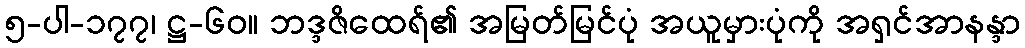
၅-ပါ-၁၇၇၊ ဋ္ဌ-၆၀။ ဘဒ္ဒဇိထေရ်၏ အမြတ်မြင်ပုံ အယူမှားပုံကို အရှင်အာနန္ဒာ